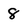
Character: 8